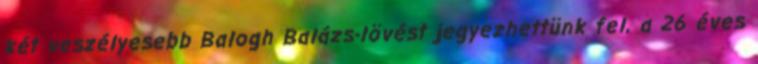
két veszélyesebb Balogh Balázs-lövést jegyezhettünk fel, a 26 éves